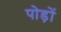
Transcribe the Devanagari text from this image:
पोड़ों